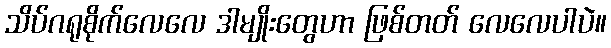
သိပ်ဂရုစိုက်လေလေ ဒါမျိုးတွေဟာ ဖြစ်တတ် လေလေပါပဲ။